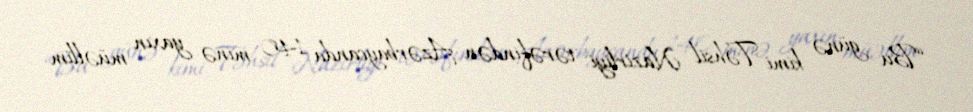
“Bu günə kimi Təhsil Nazirliyi tərəfindən Azərbaycanda 140 minə yaxın müəllim